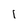
Character: 1